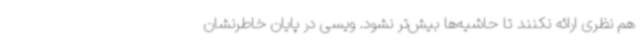
هم نظری ارائه نکنند تا حاشیه‌ها بیش‌تر نشود. ویسی در پایان خاطرنشان